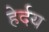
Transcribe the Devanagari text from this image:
हेर्दय